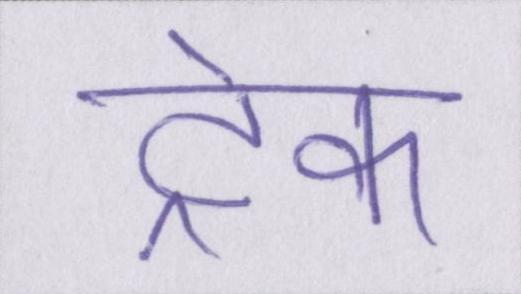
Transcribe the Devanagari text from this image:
ट्रेक